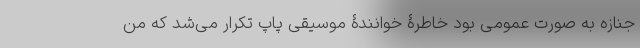
جنازه به صورت عمومی بود خاطرۀ خوانندۀ موسیقی پاپ تکرار می‌شد که منِ